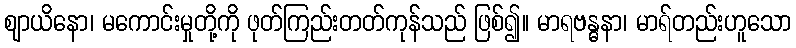
ဈာယိနော၊ မကောင်းမှုတို့ကို ဖုတ်ကြည်းတတ်ကုန်သည် ဖြစ်၍။ မာရဗန္ဓနာ၊ မာရ်တည်းဟူသော